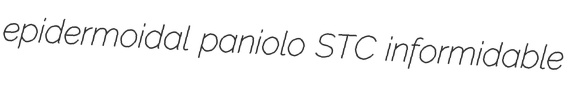
epidermoidal paniolo STC informidable